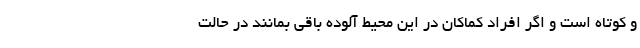
و کوتاه است و اگر افراد کماکان در این محیط آلوده باقی بمانند در حالت